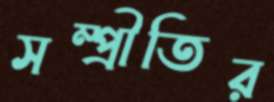
সম্প্রীতির